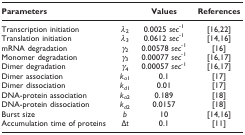
<table><thead><tr><td><b>Parameters</b></td><td>[EMPTY_CELL]</td><td><b>Values</b></td><td><b>References</b></td></tr></thead><tbody><tr><td>Transcription initiation</td><td><i>λ</i><sub>2</sub></td><td>0.0025 <i>sec</i><sup>-1</sup></td><td>[16,22]</td></tr><tr><td>Translation initiation</td><td><i>λ</i><sub>3</sub></td><td>0.0612 <i>sec</i><sup>-1</sup></td><td>[14,16]</td></tr><tr><td>mRNA degradation</td><td><i>γ</i><sub>2</sub></td><td>0.00578 <i>sec</i><sup>-1</sup></td><td>[16]</td></tr><tr><td>Monomer degradation</td><td><i>γ</i><sub>3</sub></td><td>0.00077 <i>sec</i><sup>-1</sup></td><td>[16,17]</td></tr><tr><td>Dimer degradation</td><td><i>γ</i><sub>4</sub></td><td>0.00057 <i>sec</i><sup>-1</sup></td><td>[16,17]</td></tr><tr><td>Dimer association</td><td><i>k</i><sub><i>a</i>1</sub></td><td>0.1</td><td>[17]</td></tr><tr><td>Dimer dissociation</td><td><i>k</i><sub><i>d</i>1</sub></td><td>0.01</td><td>[17]</td></tr><tr><td>DNA-protein association</td><td><i>k</i><sub><i>a</i>2</sub></td><td>0.189</td><td>[18]</td></tr><tr><td>DNA-protein dissociation</td><td><i>k</i><sub><i>d</i>2</sub></td><td>0.0157</td><td>[18]</td></tr><tr><td>Burst size</td><td><i>b</i></td><td>10</td><td>[14,16]</td></tr><tr><td>Accumulation time of proteins</td><td>Δ<i>t</i></td><td>0.1</td><td>[11]</td></tr></tbody></table>